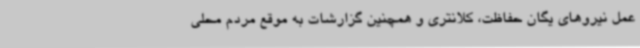
عمل نیروهای یگان حفاظت، کلانتری و همچنین گزارشات به موقع مردم محلی